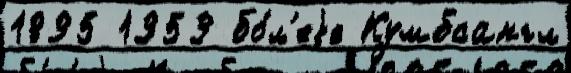
1895 1959 бо́л'еjе Кумбсангл